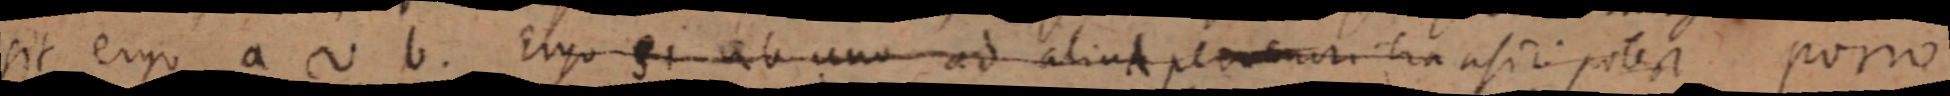
sit ergo a ~ b. Ergo si ab uno ad aliud perveniritia asiri potest porro